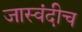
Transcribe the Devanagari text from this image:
जास्वंदीच